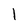
Character: l